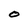
Character: O